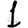
Digit: 1